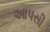
આપસી